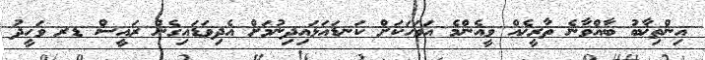
އިންތިޚާބު ބާއްވާނެ ތާރީޚެއް ވީއެންމެ އަވަހަކަށް ކަނޑައަޅައިދިނުމަށް އެދިވަޑައިގެން ރައީސް ޑރ ވަހީދު